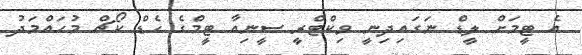
އެ ޓީމަށް ލީޑް ނަގައިދިނީ ވިކްޓްރީ ސީނިއާ ޓީމްގެ ހެޑް ކޯޗް މުޙައްމަދު